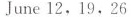
June 12，19，26